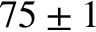
7 5 \pm 1